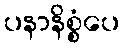
ပနာနိစ္စံပေ